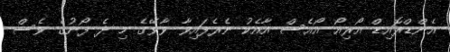
އެންޑްރޮއިޑް އޯރިއޯ އޯއެސް އާއެކު ނެރެފައިވާ ވާވޭގެ މި ދެ ފޯނުގެ ވެސް